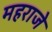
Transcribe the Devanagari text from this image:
महराजे